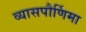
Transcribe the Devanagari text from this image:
व्यासपौर्णिमा